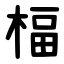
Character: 楅